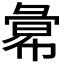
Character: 𢑭